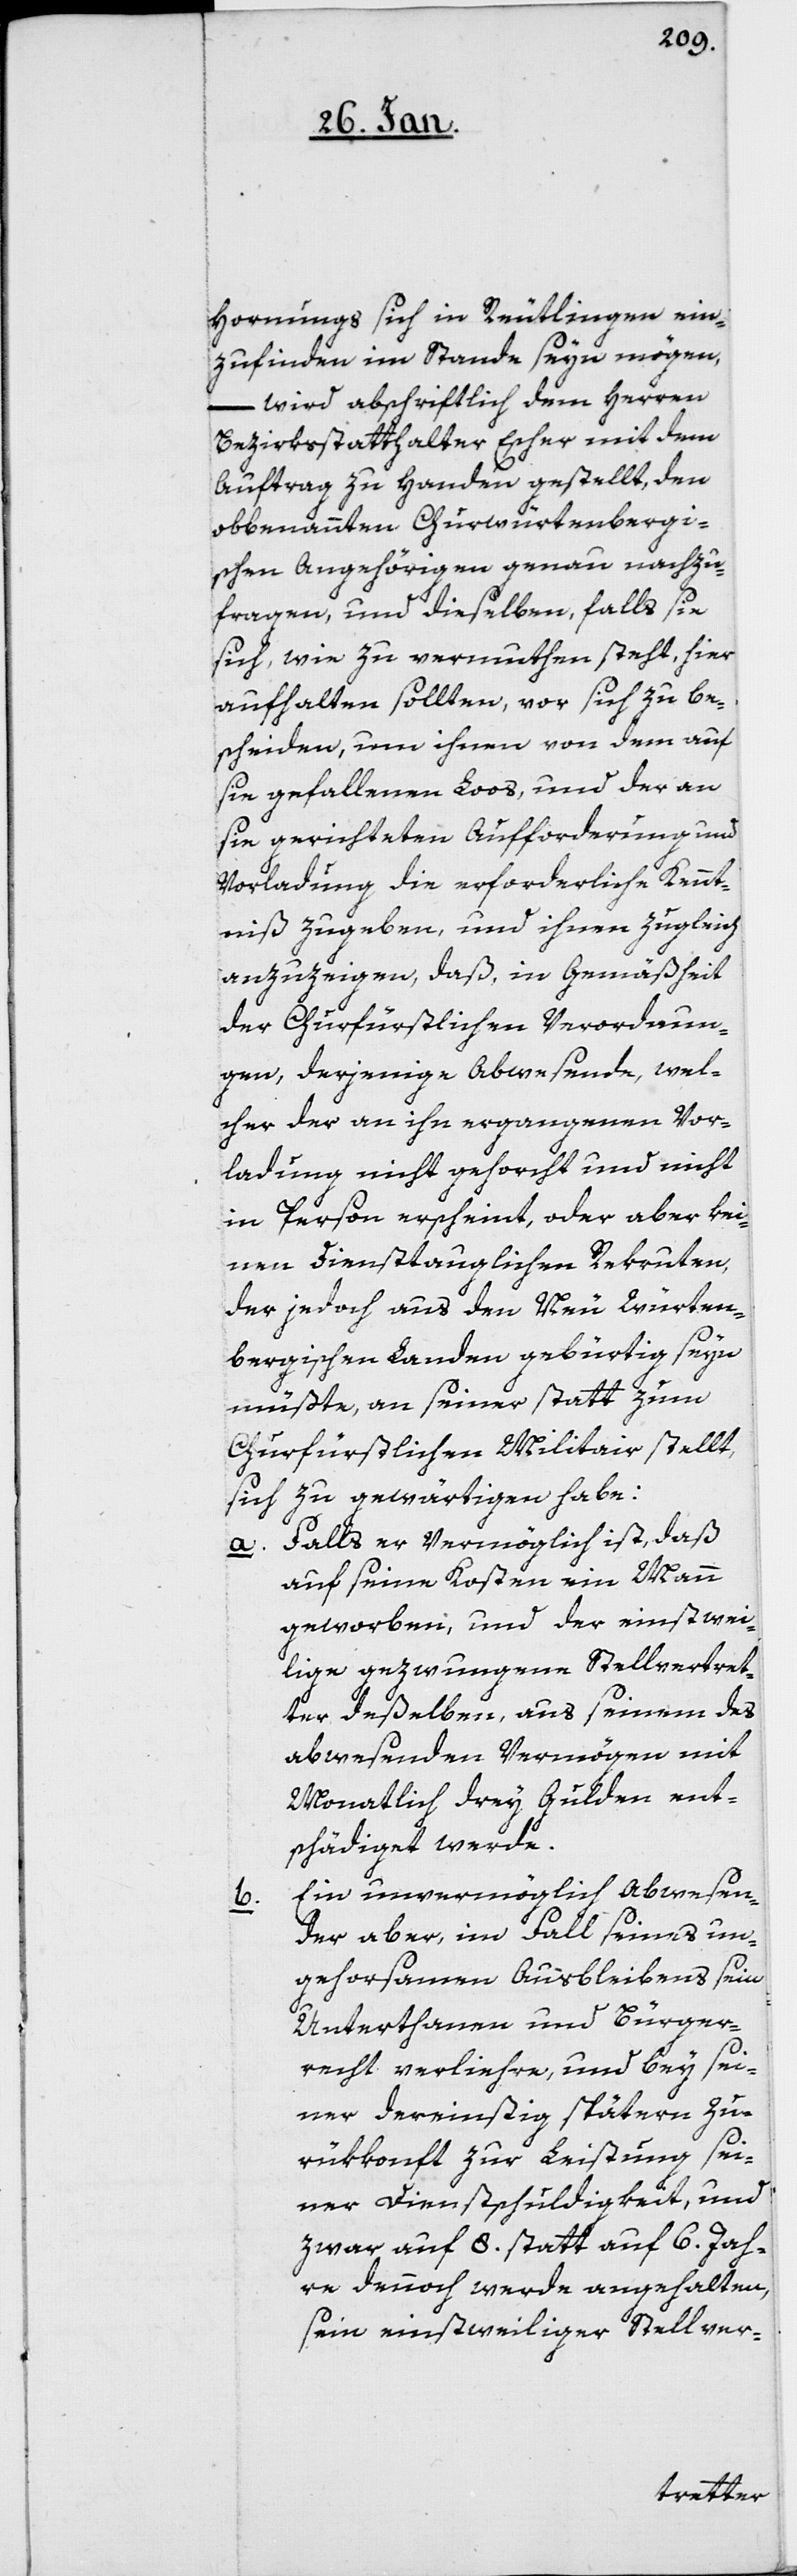
b.

Hornungs sich in Reutlingen ein¬
zufinden im Stande seyn mögen,
– wird abschriftlich dem Herren
Bezirksstatthalter Escher mit dem
Auftrag zu Handen gestellt, den
obbenannten Churwürtembergi¬
schen Angehörigen genau nachzu¬
fragen, und dieselben, falls sie
sich, wie zu vermuthen steht, hier
aufhalten sollten, vor sich zu be¬
scheiden, um ihnen von dem auf
sie gefallenen Loos, und der an
sie gerichteten Aufforderung und
Vorladung die erforderliche Kennt¬
niß zu geben, und ihnen zugleich
anzuzeigen, daß in Gemäßheit
der Churfüstlichen Verordnun¬
gen, derjenige Abwesende, wel¬
cher der an ihn ergangenen Vor¬
ladung nicht gehorcht und nicht
in Person erscheint, oder aber kei¬
nen Diensttauglichen Rekruten,
der jedoch aus den Neu Würtem¬
bergischen Landen gebürtig seyn
müßte, an seiner statt zum
Churfürstlichen Militair stellt,
sich zu gewärtigen habe:
a. Falls er Vermöglich ist, daß
auf seine Kosten ein Mann
geworben, und der einstwei¬
lige gezwungene Stellvertret¬
er deßelben, aus seinem des
abwesenden Vermögen mit
Monatlich drey Gulden ent¬
schädiget werde.
Ein unvermöglich Abwesen¬
der aber, im Fall seines un¬
gehorsamen Ausbleibens sein
Unterthanen und Bürger¬
echt verliehre, und bey sei¬
ner dereinstig spätern Zu¬
rükkonft zur Leistung sei¬
ner Dienstschuldigkeit, und
zwar auf 8. statt auf 6. Jah¬
re dennoch werde angehalten,
sein einstweiliger Stellver-